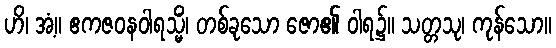
ဟိ၊ အံ့။ ဧကဇဝနဝါရသ္မိံ၊ တစ်ခုသော ဇော၏ ဝါရ၌။ သတ္တသု၊ ကုန်သော။